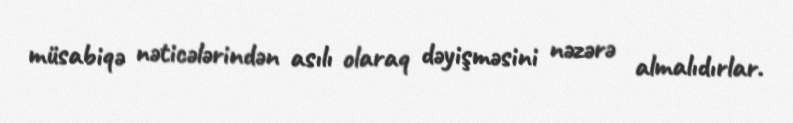
müsabiqə nəticələrindən asılı olaraq dəyişməsini nəzərə almalıdırlar.